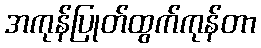
အကုန်ပြုတ်ထွက်ကုန်တာ